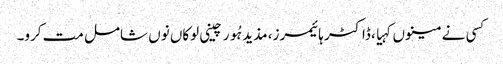
کسی نے مینوں کہیا، ڈاکٹر ہائیمرز، مذید ہُور چینی لوکاں نوں شامل مت کرو۔